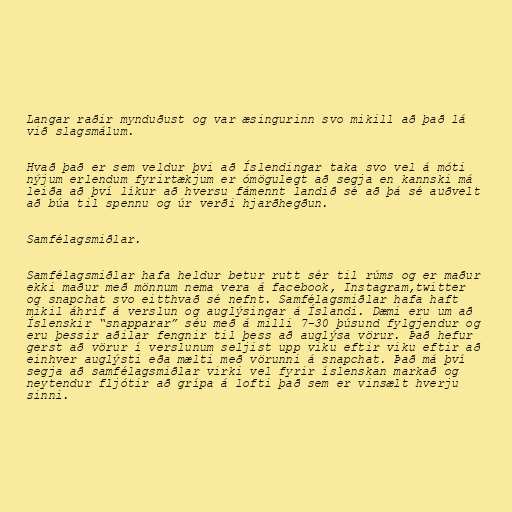
Langar raðir mynduðust og var æsingurinn svo mikill að það lá
við slagsmálum.

Hvað það er sem veldur þvi að Íslendingar taka svo vel á móti
nýjum erlendum fyrirtækjum er ómögulegt að segja en kannski má
leiða að því líkur að hversu fámennt landið sé að þá sé auðvelt
að búa til spennu og úr verði hjarðhegðun.

Samfélagsmiðlar.

Samfélagsmiðlar hafa heldur betur rutt sér til rúms og er maður
ekki maður með mönnum nema vera á facebook, Instagram,twitter
og snapchat svo eitthvað sé nefnt. Samfélagsmiðlar hafa haft
mikil áhrif á verslun og auglýsingar á Íslandi. Dæmi eru um að
Íslenskir “snapparar” séu með á milli 7-30 þúsund fylgjendur og
eru þessir aðilar fengnir til þess að auglýsa vörur. Það hefur
gerst að vörur í verslunum seljist upp viku eftir viku eftir að
einhver auglýsti eða mælti með vörunni á snapchat. Það má því
segja að samfélagsmiðlar virki vel fyrir íslenskan markað og
neytendur fljótir að grípa á lofti það sem er vinsælt hverju
sinni.